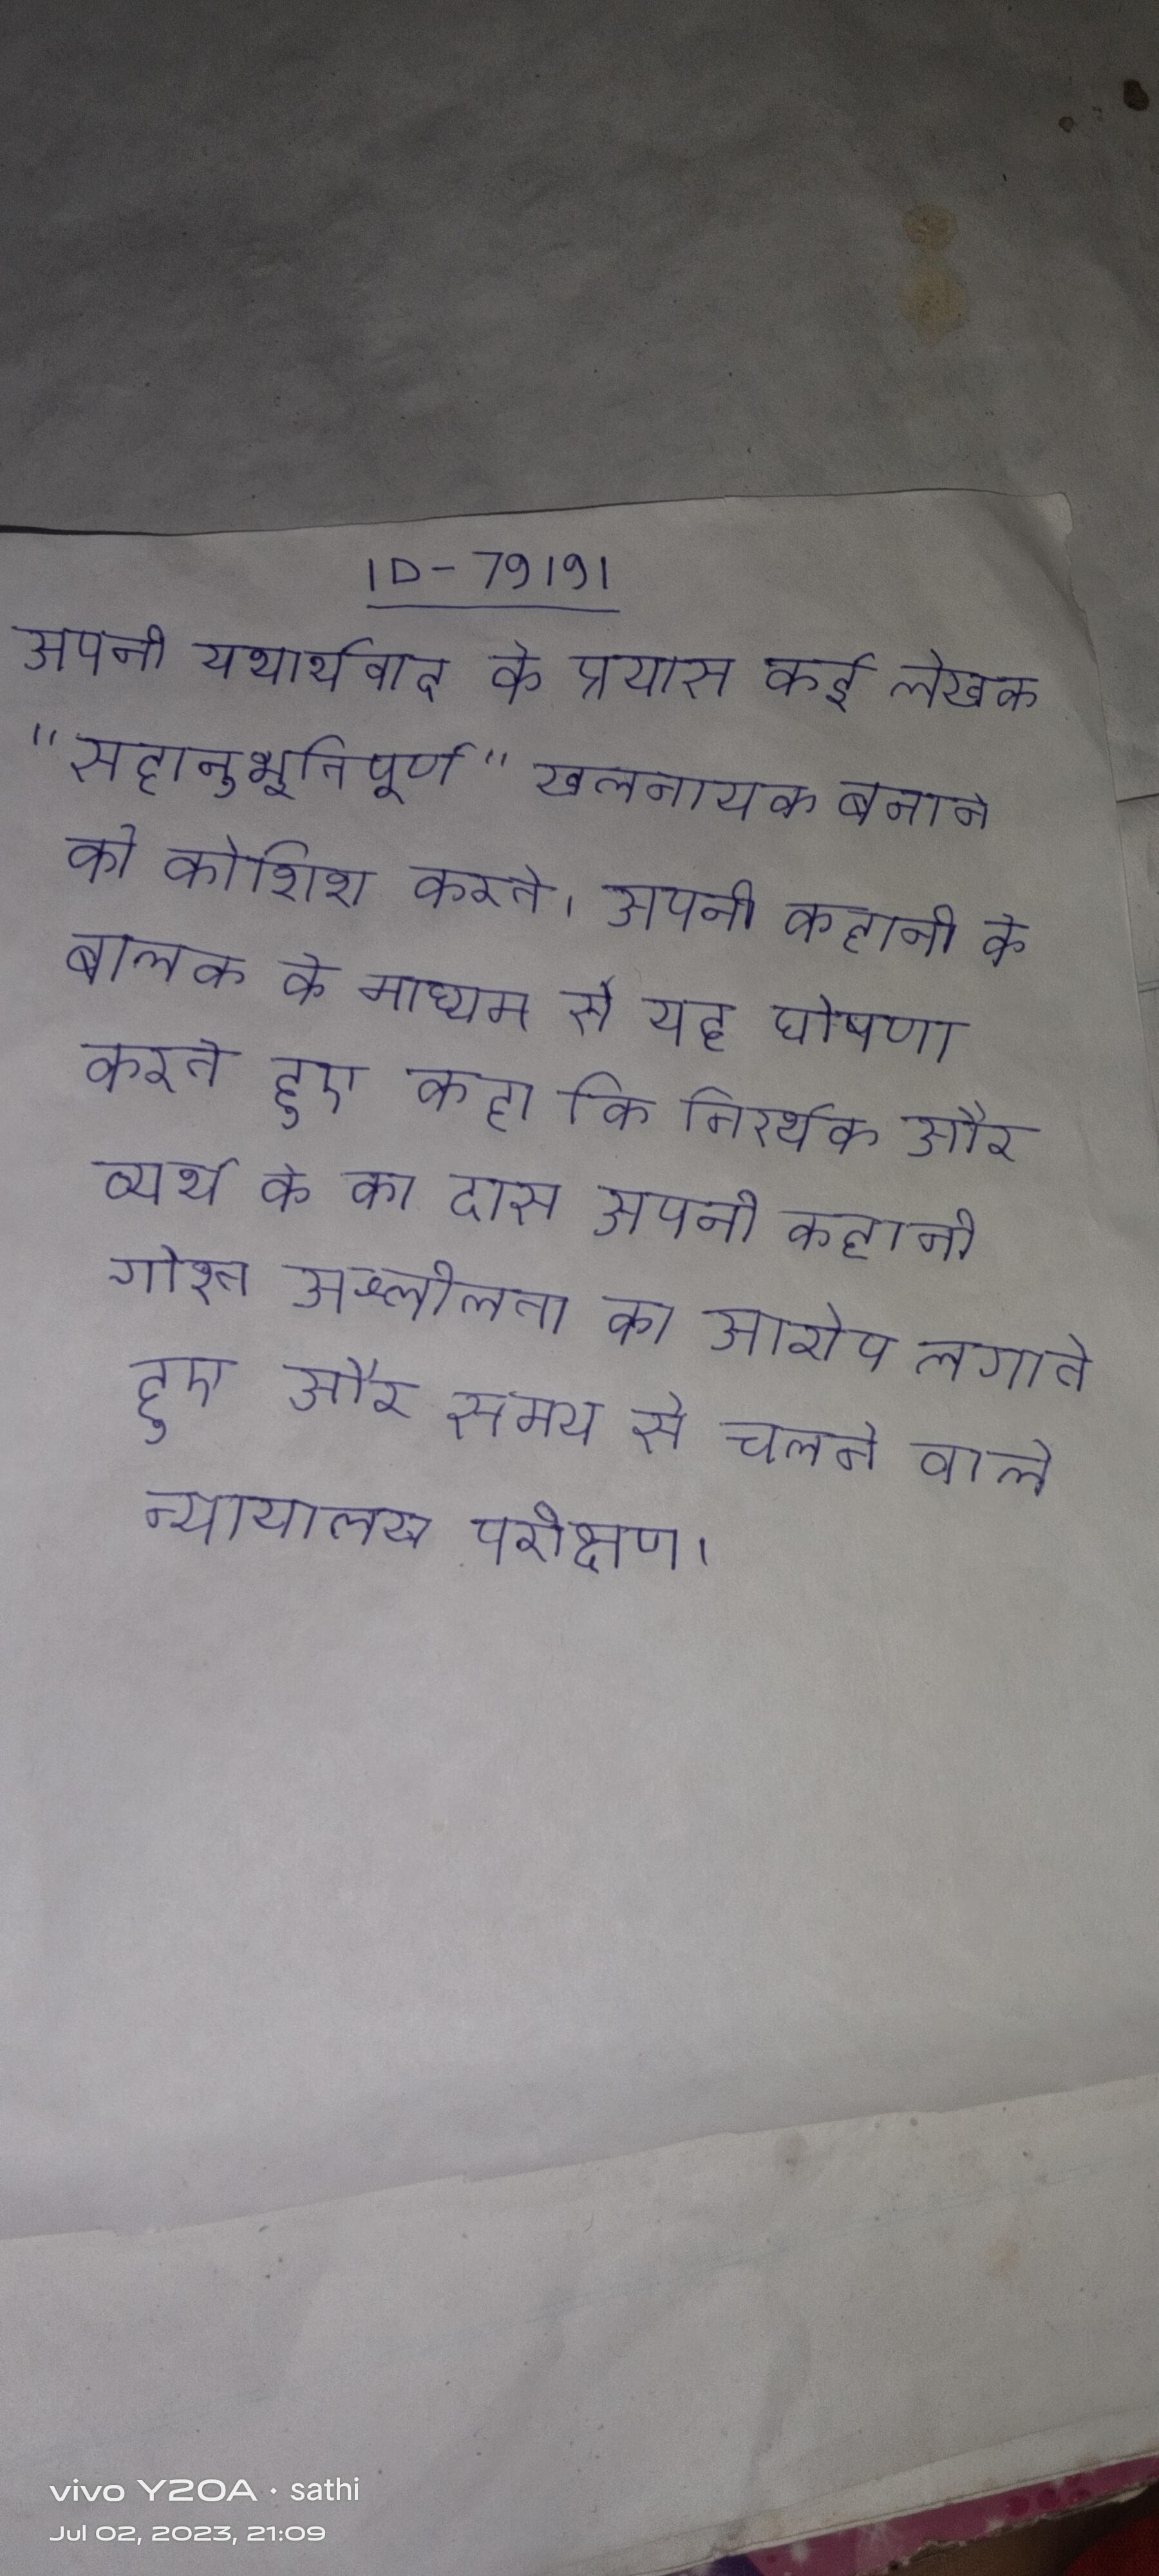
अपनी यथार्थवाद के प्रयास कई लेखक "सहानुभूतिपूर्ण" खलनायक बनाने की कोशिश करते । अपनी कहानी के बालक के माध्यम से यह घोषणा करते हुए कहा कि निरर्थक और व्यर्थ के का दास अपनी कहानी गोश्त अश्लीलता का आरोप लगाते हुए और समय से चलने वाले न्यायालय परीक्षण ।